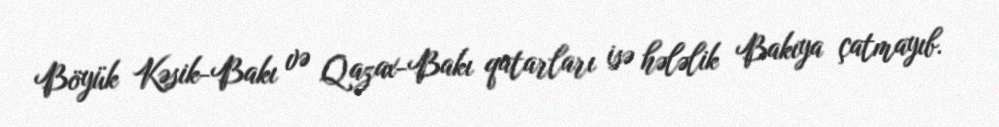
Böyük Kəsik-Bakı və Qazax-Bakı qatarları isə hələlik Bakıya çatmayıb.